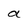
Character: a